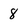
Character: 8